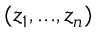
( z _ { 1 } , . . . , z _ { n } )